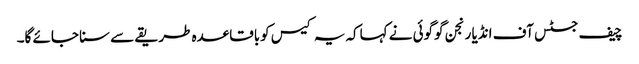
چیف جسٹس آف انڈیا رنجن گوگوئی نے کہاکہ یہ کیس کوباقاعدہ طریقے سے سنا جائے گا۔